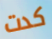
كدت